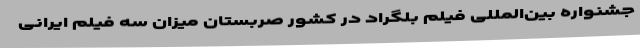
جشنواره بین‌المللی فیلم بلگراد در کشور صربستان میزان سه فیلم ایرانی